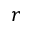
r